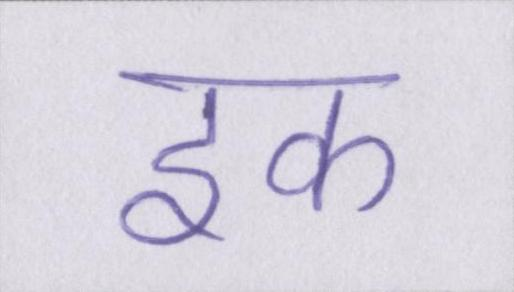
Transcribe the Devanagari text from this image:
इक